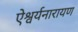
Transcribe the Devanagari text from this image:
ऐश्वर्यनारायण